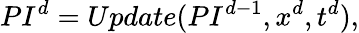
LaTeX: PI_{}^{d}=Update(PI_{}^{d-1},x_{}^{d},t_{}^{d}),